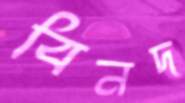
বিনদ